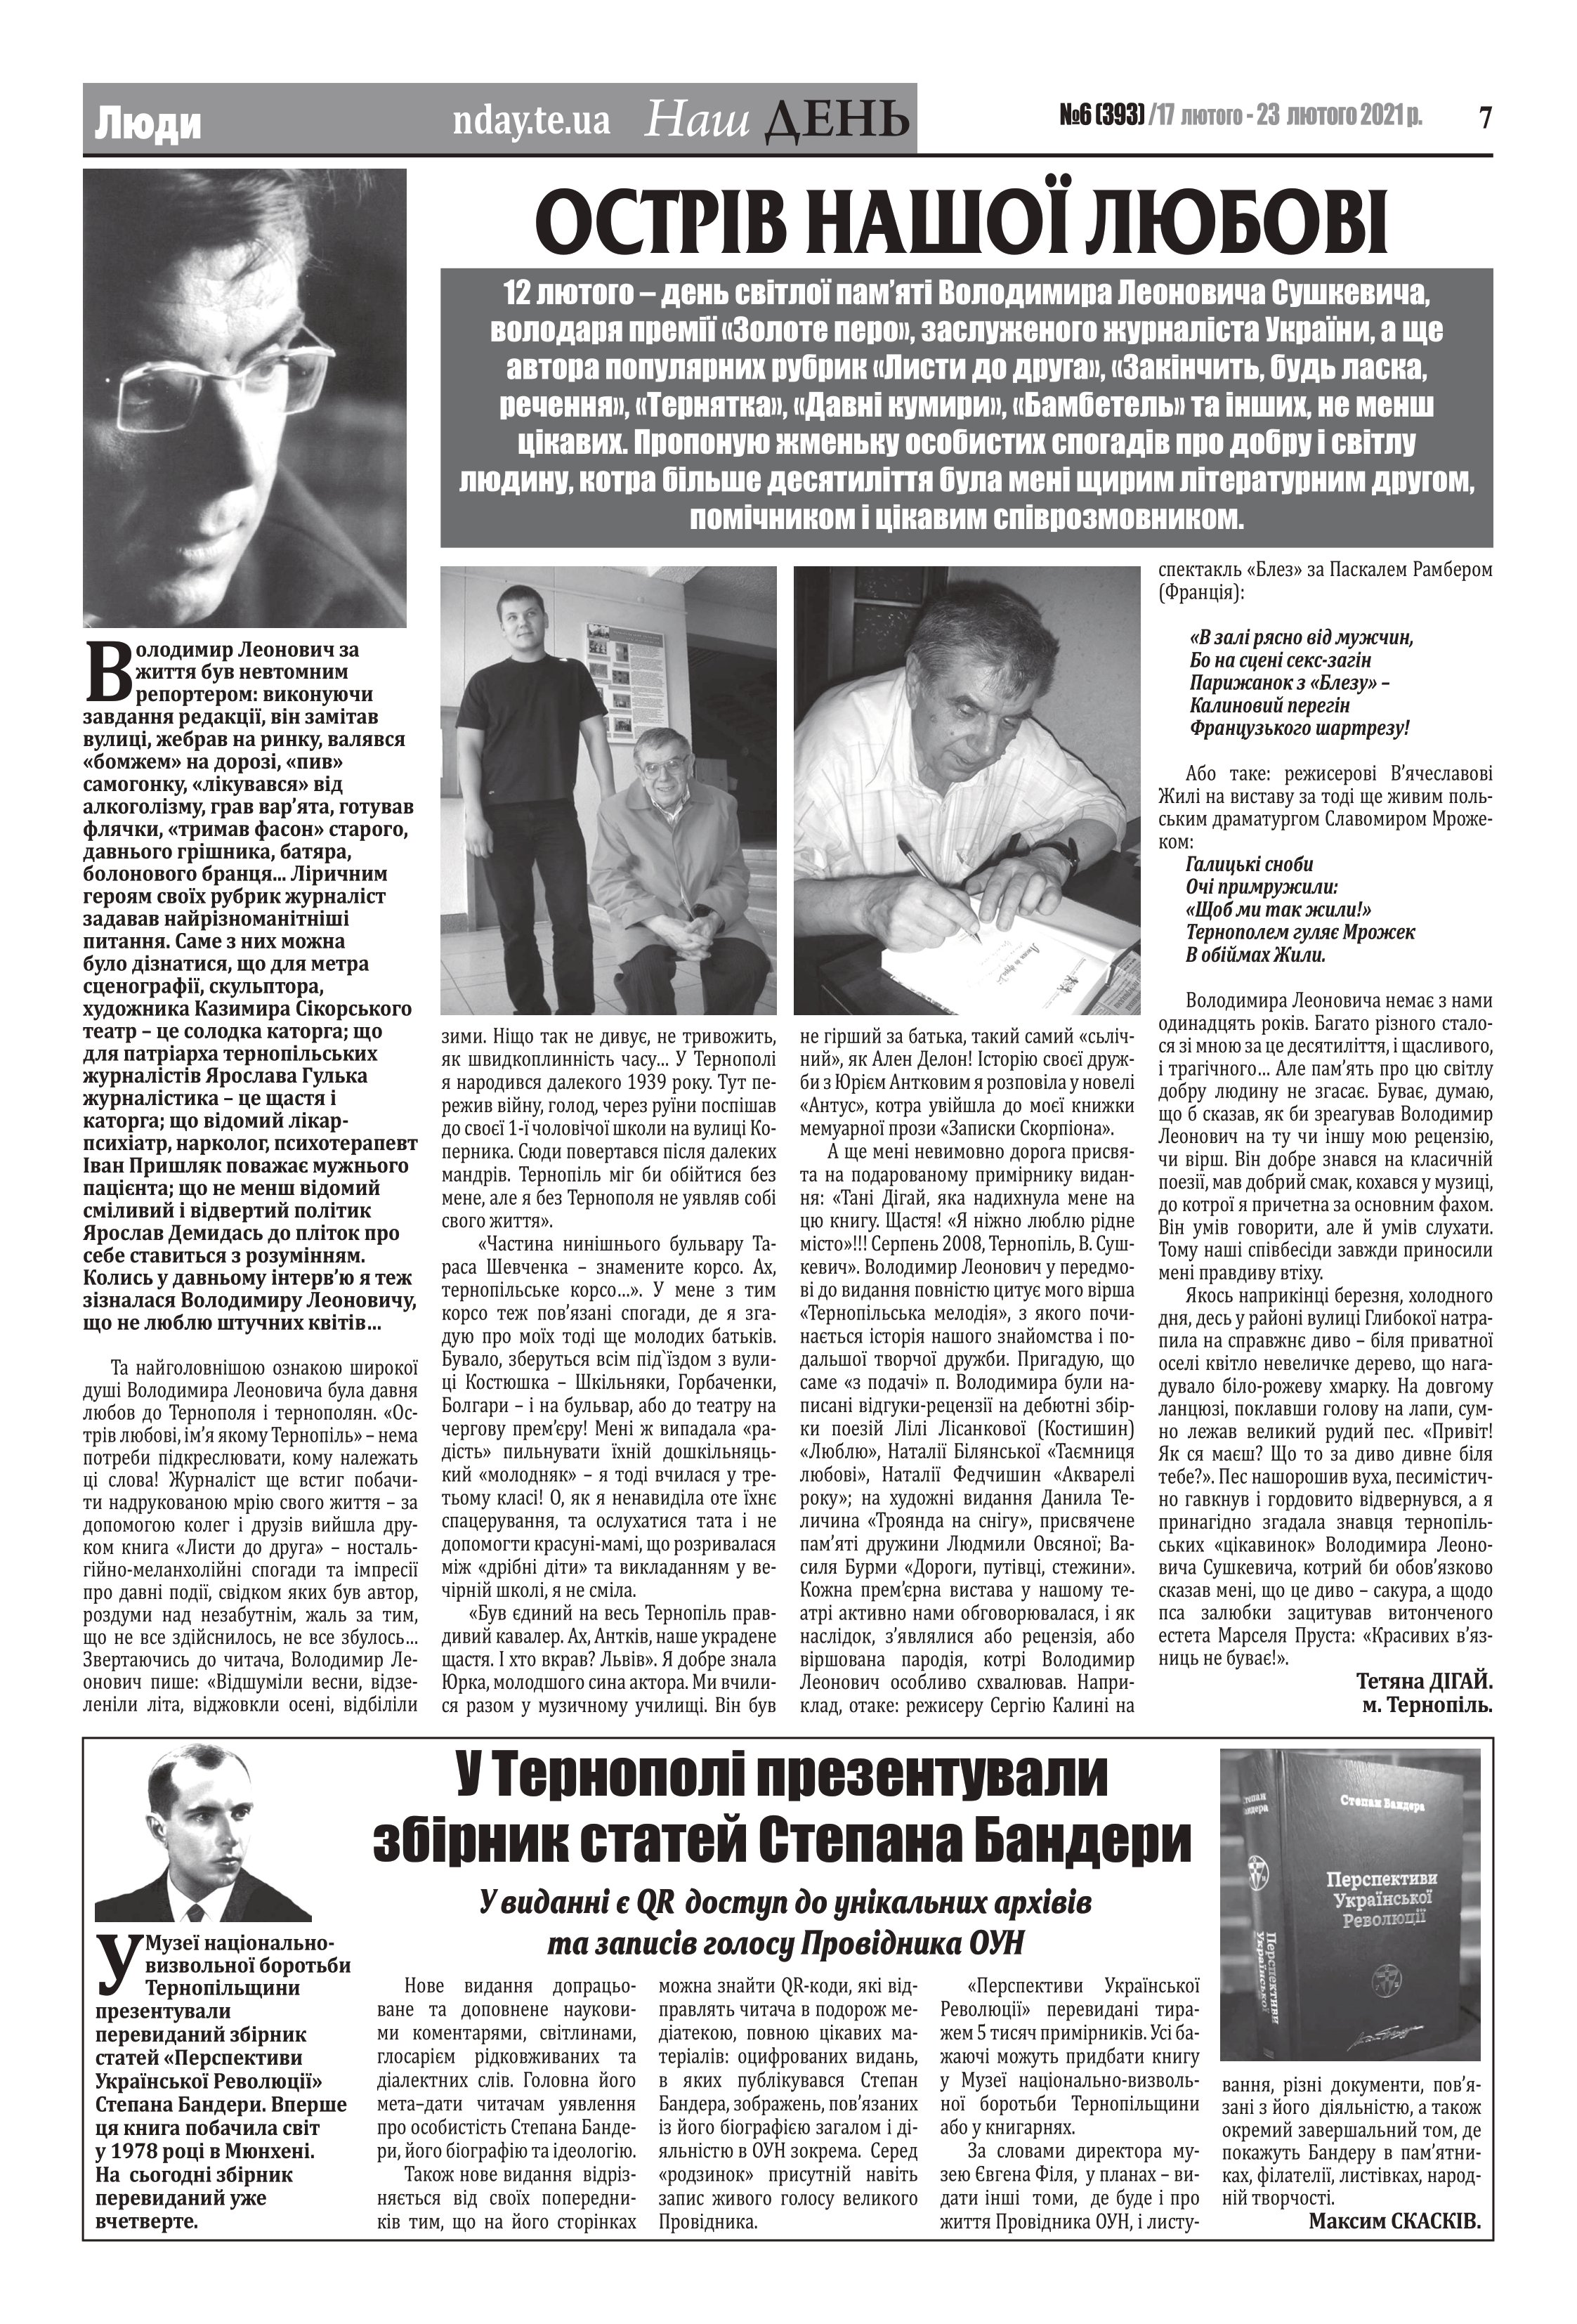
Language: uk